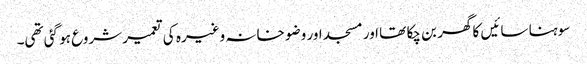
سوہنا سائیں کا گھر بن چکا تھا اور مسجد اور وضو خانہ وغیرہ کی تعمیر شروع ہو گئی تھی۔